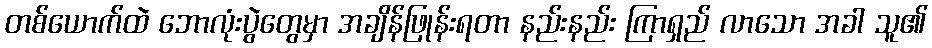
တစ်ယောက်ထဲ ဘောလုံးပွဲတွေမှာ အချိန်ဖြုန်းရတာ နည်းနည်း ကြာရှည် လာသော အခါ သူ၏